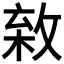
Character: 𢾣